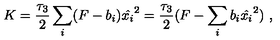
K = { \frac { \tau _ { 3 } } { 2 } } \sum _ { i } ( F - b _ { i } ) \hat { x _ { i } } ^ { 2 } = { \frac { \tau _ { 3 } } { 2 } } ( F - \sum _ { i } b _ { i } \hat { x _ { i } } ^ { 2 } ) \ ,